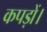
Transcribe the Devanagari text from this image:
कपड़ों।